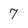
Character: 7